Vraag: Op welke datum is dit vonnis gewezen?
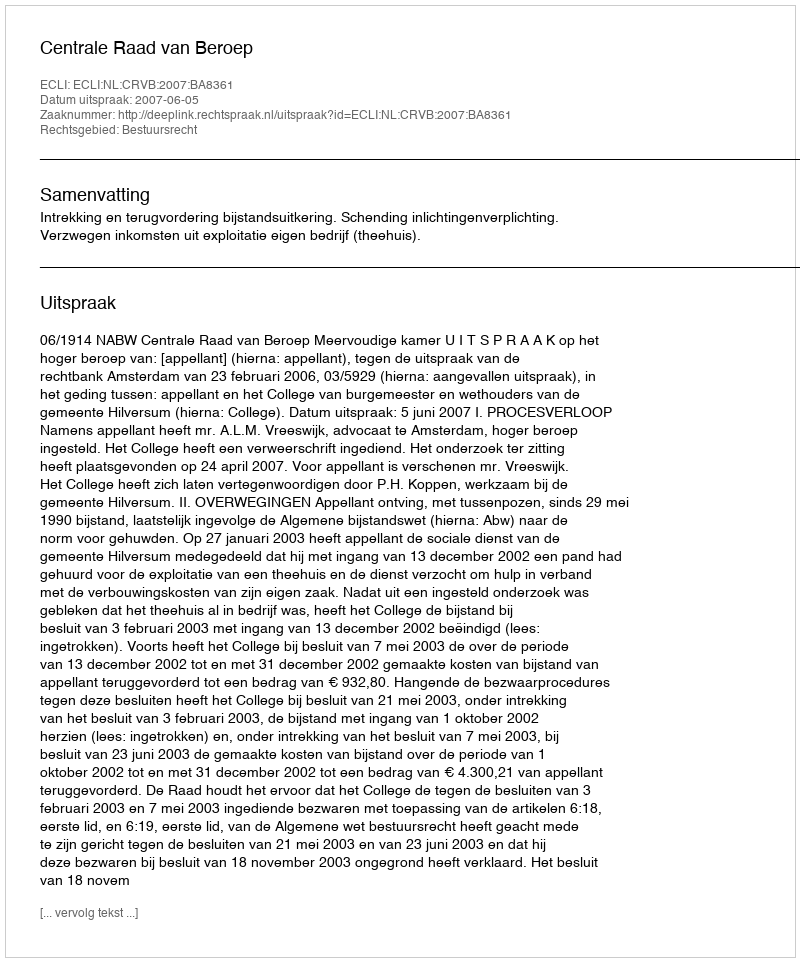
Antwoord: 2007-06-05